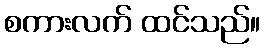
စကားလက် ထင်သည်။